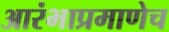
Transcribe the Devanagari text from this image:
आरंभाप्रमाणेच